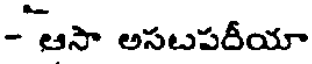
- ఆసా అసటపదీయా